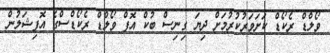
ވޯލްޑް ރެކޯޑް ކަށަވަރުކުރުމަށް ދިޔަ ގިނިސް ބުކް އޮފް ވޯލްޑް ރެކޯޑްސްގެ އޮފިޝަލުން